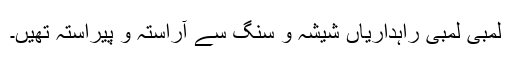
لمبی لمبی راہداریاں شیشہ و سنگ سے آراستہ و پیراستہ تھیں۔